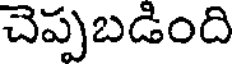
చెప్పబడింది